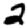
Digit: 2